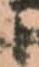
と